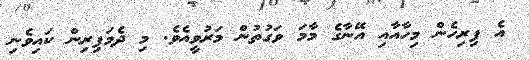
އެ ފިރިހެން މިހާއާއި އޭނާގެ މާމަ ވަގުތުން މަރުވީއެވެ. މި ދެމަފިރިން ކައިވެނި